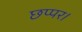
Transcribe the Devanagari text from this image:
छप्पर।